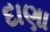
દાણા